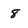
Character: 8